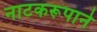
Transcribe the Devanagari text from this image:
नाटकरूपाने